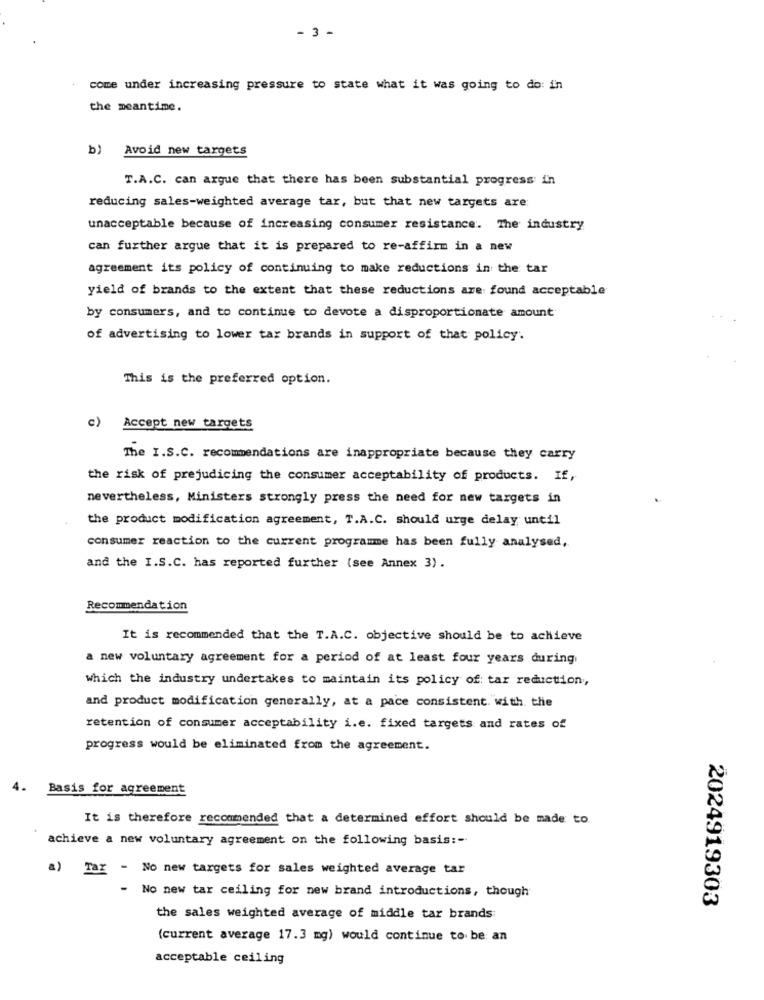
- 3 -
come under increasing pressure to state what it was going to do: in
the meantime.
b) Avoid new targets
T.A.C. can argue that there has been substantial progress in
reducing sales-weighted average tar, but that new targets are:
unacceptable because of increasing consumer resistance. The industry
can further argue that it is prepared to re-affirm in a new
agreement its policy of continuing to make reductions in the tar
yield of brands to the extent that these reductions are found acceptable
by consumers, and to continue to devote a disproportionate amount
of advertising to lower tar brands in support of that policy.
This is the preferred option.
c)
Accept new targets
The I.S.C. recommendations are inappropriate because they carry
the risk of prejudicing the consumer acceptability of products. If,
nevertheless, Ministers strongly press the need for new targets in
the product modification agreement, T.A.C. should urge delay until
consumer reaction to the current programme has been fully analysed,
and the I.S.C. has reported further (see Annex 3).
Recommendation
It is recommended that the T.A.C. objective should be to achieve
a new voluntary agreement for a period of at least four years during
which the industry undertakes to maintain its policy of: tar reduction,
and product modification generally, at a pace consistent with the
retention of consumer acceptability i.e. fixed targets and rates of
progress would be eliminated from the agreement.
4.
Basis for agreement
It is therefore recommended that a determined effort should be made to.
achieve a new voluntary agreement on the following basis :-
a) Tar - No new targets for sales weighted average tar
- No new tar ceiling for new brand introductions, though
2024919303
the sales weighted average of middle tar brands:
(current average 17.3 mg) would continue to be an
acceptable ceiling